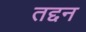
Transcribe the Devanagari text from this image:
तद्दन